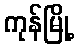
ကုန်မြို့